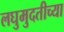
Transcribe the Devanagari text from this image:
लघुमुदतीच्‍या